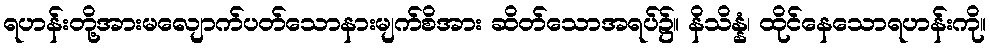
ရဟန်းတို့အားမလျောက်ပတ်သောနားမျက်စိအား ဆိတ်သောအရပ်၌။ နိသိန္နံ၊ ထိုင်နေသောရဟန်းကို။